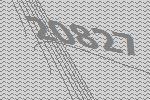
20827